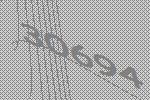
30694